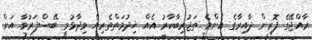
ރާއްޖޭގެ ފޮރިން ދާއިރާގެ އެންމެ ތަޖުރިބާކާރު އެއް ޚިދުމަތްތެރިޔާ ވިދާޅުވީ ބޭސްފަރުވާ އަށް